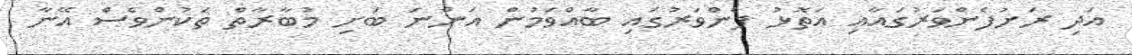
އަދި ރަށުފެންވަރުގައާއި އަތޮޅު ފެންވަރުގައި ބާއްވަމުން އަންނަ ބަށި މުބާރާތް ތަކުންވެސް އޭނާ